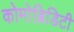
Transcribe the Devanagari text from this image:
कोमोब्रिडिटी